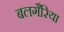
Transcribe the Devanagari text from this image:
बलगैरिया